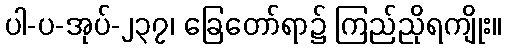
ပါ-ပ-အုပ်-၂၃၇၊ ခြေတော်ရာ၌ ကြည်ညိုရကျိုး။